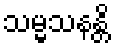
သမ္မသနန္တိ